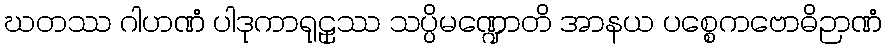
ဃတဿ ဂါဟဏံ ပါဒုကာရုဠှဿ သပ္ပိမဏ္ဍောတိ အာနယ ပစ္စေကဗောဓိဉာဏံ